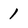
Character: 1